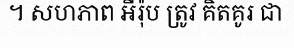
។ សហភាព អឺរ៉ុប ត្រូវ គិតគូរ ជា